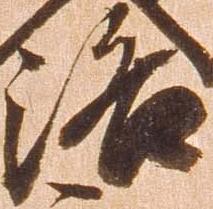
洛